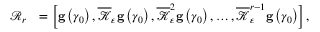
\begin{array} { r l } { \mathcal { R } _ { r } } & { = \left[ \mathbf { g } \left( \gamma _ { 0 } \right) , \overline { { \mathcal { K } } } _ { \varepsilon } \mathbf { g } \left( \gamma _ { 0 } \right) , \overline { { \mathcal { K } } } _ { \varepsilon } ^ { 2 } \mathbf { g } \left( \gamma _ { 0 } \right) , \ldots , \overline { { \mathcal { K } } } _ { \varepsilon } ^ { r - 1 } \mathbf { g } \left( \gamma _ { 0 } \right) \right] , } \end{array}